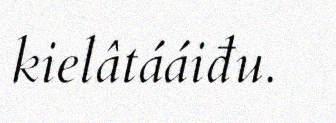
kielâtááiđu.